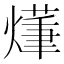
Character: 𤏑